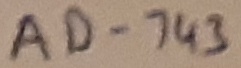
Text: AD-743